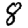
Digit: 8